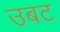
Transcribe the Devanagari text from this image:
उबट